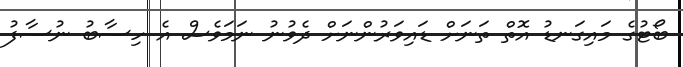
ބޯޓުގެ މައިގަނޑު އޮތް ތަނަށް ޑައިވަރުންނަށް ދެވުނު ނަމަވެސް އެ ހިސާބު ނުސާފު